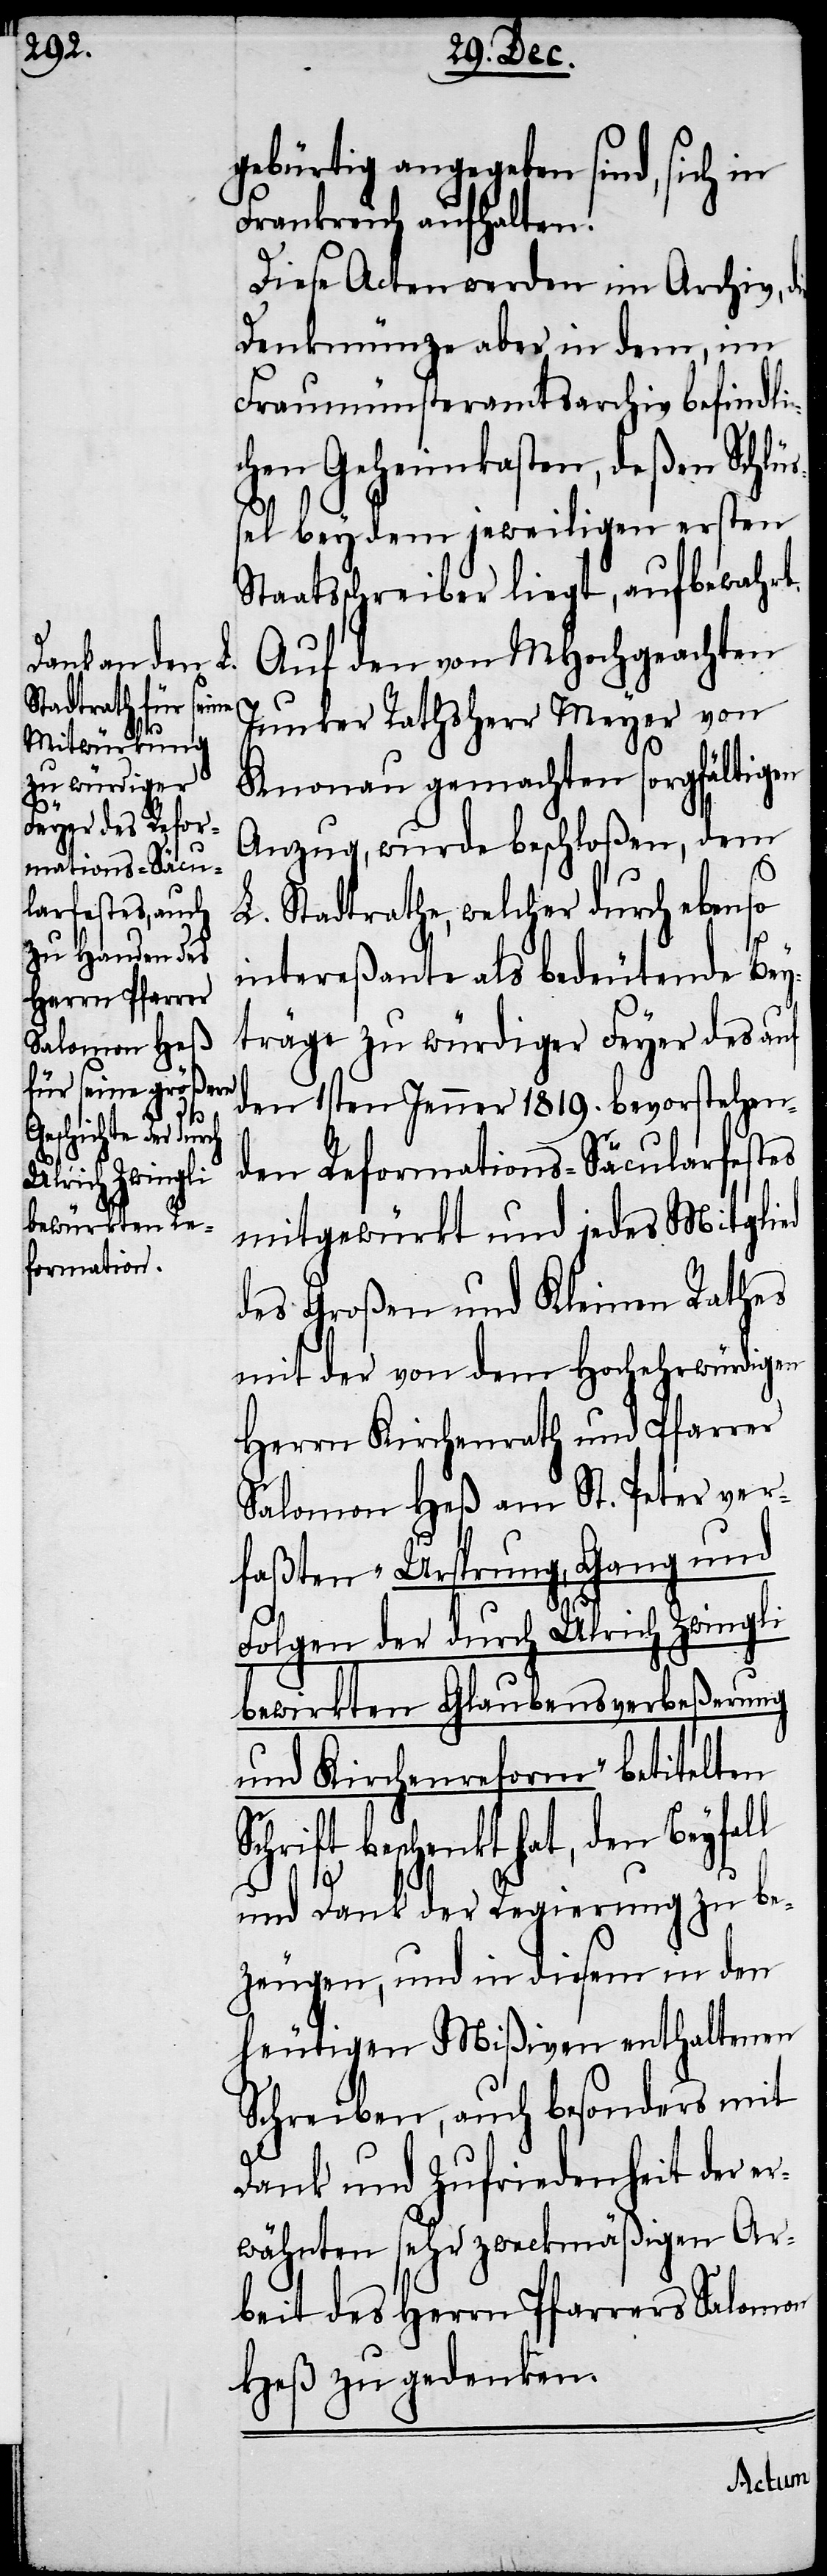
l

gebürtig angegeben sind, sich in
Frankreich aufhalten.
Diese Acten werden im Archiv,
Denkmünze aber in dem, im
Fraumünsteramtsarchiv befindli¬
chen Geheimkasten, deßen Schlü¬
ßel bey dem jeweiligen ersten
Staatsschreiber liegt, aufbewahrt.
Auf den von MHochgeachten
Junker Rathsherr Meyer von
Knonau gemachten sorgfältigen
Anzug, wurde beschloßen, dem
L. Stadtrathe, welcher durch ebenso
intereßante als bedeutende Bey¬
träge zu würdiger Feyer des auf
den 1sten Jenner 1819. bevorstehen¬
den Reformations-Säcularfestes
mitgewürkt und jedes Mitglied
des Großen und Kleinen Rathes
mit der von dem Hochehrwürdigen
Herrn Kirchenrath und Pfarrer
Salomon Heß am St. Peter ver¬
faßten „Ursprung, Gang und
Folgen der durch Ulrich Zwingli
bewirkten Glaubensverbeßerung
und Kirchenreform“ betitelten
chrift beschenkt hat, den Beyfal¬
und Dank der Regierung zu be¬
zeugen, und in diesem in den
heutigen Mißiven enthaltenen
Schreiben, auch besonders mit
Dank und Zufriedenheit der er¬
wähnten sehr zweckmäßigen Ar¬
beit des Herrn Pfarrers Salomon
Heß zu gedenken.